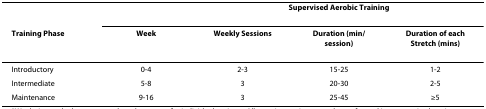
|  |  | <COLSPAN=3> Supervised Aerobic Training |
 | Training Phase | Week | Weekly Sessions | Duration (min/session) | Duration of each Stretch (mins) |
 | --- | --- | --- | --- | --- |
 | Introductory | 0-4 | 2-3 | 15-25 | 1-2 |
 | Intermediate | 5-8 | 3 | 20-30 | 2-5 |
 | Maintenance | 9-16 | 3 | 25-45 | ≥5 |